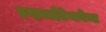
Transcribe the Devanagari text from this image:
इन्लाईटेनमेन्ट